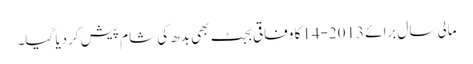
مالی سال برائے 2013-14کا وفاقی بجٹ بھی بدھ کی شام پیش کردیا گیا۔